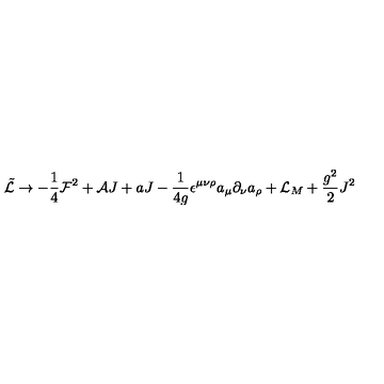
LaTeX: \tilde { { \cal L } } \rightarrow - \frac { 1 } { 4 } { \cal F } ^ { 2 } + { \cal A } J + a J - \frac { 1 } { 4 g } \epsilon ^ { \mu \nu \rho } a _ { \mu } \partial _ { \nu } a _ { \rho } + { \cal L } _ { M } + \frac { g ^ { 2 } } { 2 } J ^ { 2 }